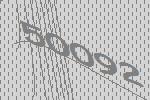
50092